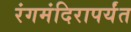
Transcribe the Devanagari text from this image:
रंगमंदिरापर्यंत